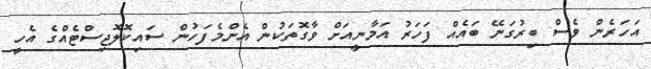
އަހަރެން ވެސް ބިރުގަނޭ ބައެއް ފަހަރު އަމާނީއަށް ވާގޮތަކުން އެންމެފަހުން ސައިކޮލޮޖިސްޓެއްގެ އެހީ